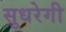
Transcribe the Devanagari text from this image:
सुधरेगी